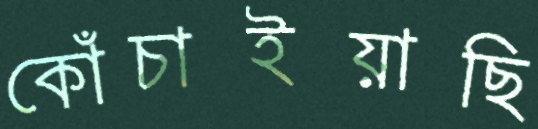
কোঁচাইয়াছি